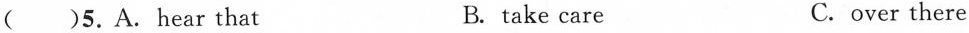
( )5.A.hear that B. take care C.over there